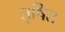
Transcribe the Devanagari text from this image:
तृषित